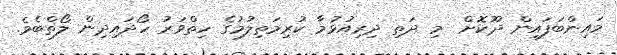
މައިންބަފައިން ދޫކޮށް  މި ދަތި ދިރިއުޅުމާ ކުރިމަތިލުމުގެ ހިތްވަރު ހޯދައިދިން ލޯތްބެވެ.